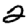
Digit: 2